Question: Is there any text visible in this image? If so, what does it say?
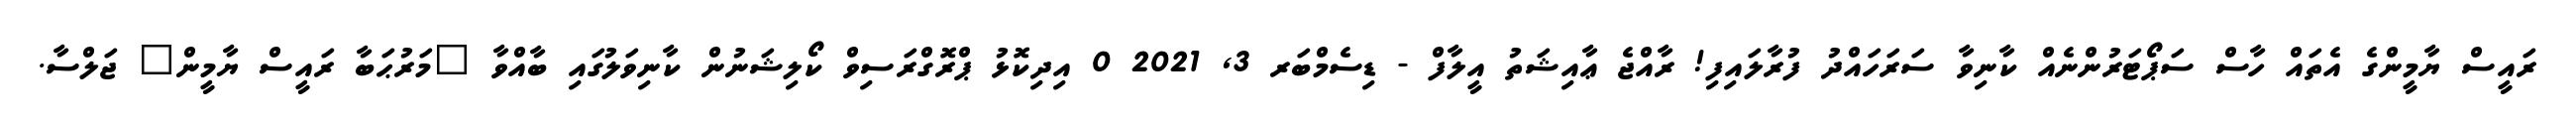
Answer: ރައީސް ޔާމީންގެ އެތައް ހާސް ސަޕޯޓަރުންނެއް ކާނިވާ ސަރަހައްދު ފުރާލައިފި! ރާއްޖެ ޢާއިޝަތު އީލާފް - ޑިސެމްބަރ 3, 2021 0 އިދިކޮޅު ޕްރޮގްރަސިވް ކޯލިޝަނުން ކާނިވަލުގައި ބާއްވާ "މަރުޙަބާ ރައީސް ޔާމީން" ޖަލްސާ.